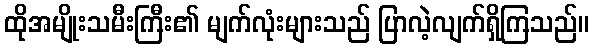
ထိုအမျိုးသမီးကြီး၏ မျက်လုံးများသည် ပြာလဲ့လျက်ရှိကြသည်။